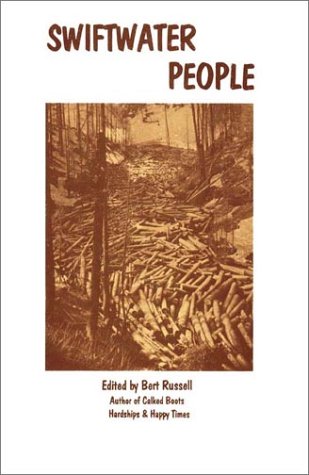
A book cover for Swiftwater People: Lives of Old Timers on the Upper St. Joe & St. Maries Rivers (Oral History Series); Politics & Social Sciences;